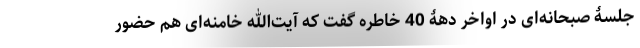
جلسۀ صبحانه‌ای در اواخر دهۀ 40 خاطره گفت که آیت‌الله خامنه‌ای هم حضور